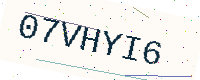
Text: 07VHYI6